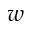
w